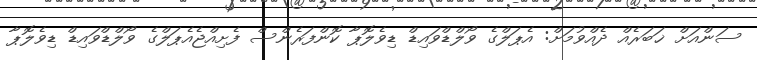
ސަންއަށް ޚަބަރެއް ދެއްވުމަށް: އެޕަލްގެ ވޯލްޑްވައިޑް ޑިވެލޮޕާ ކޮންފަރެންސް ފެށިއްޖެއެޕަލްގެ ވޯލްޑްވައިޑް ޑިވެލޮޕާ